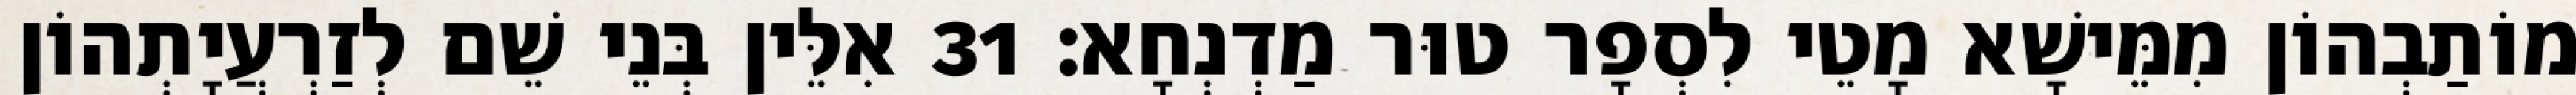
מוֹתַבְהוֹן מִמֵּישָׁא מָטֵי לִסְפָר טוּר מַדְנְחָא׃ 31 אִלֵּין בְּנֵי שֵׁם לְזַרְעֲיָתְהוֹן